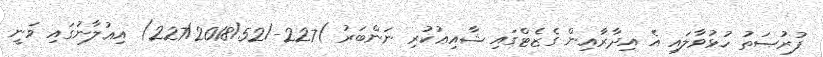
ފުރުޞަތު ހުޅުވާލައި އެ އިދާރާއިން ގެޒެޓްގައި ޝާއިޢުކުރި ނަންބަރު )227-/227/2018/52) އިޢުލާނުގައި ވަނީ